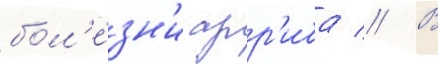
бол'е́зн'и арр'иба // В